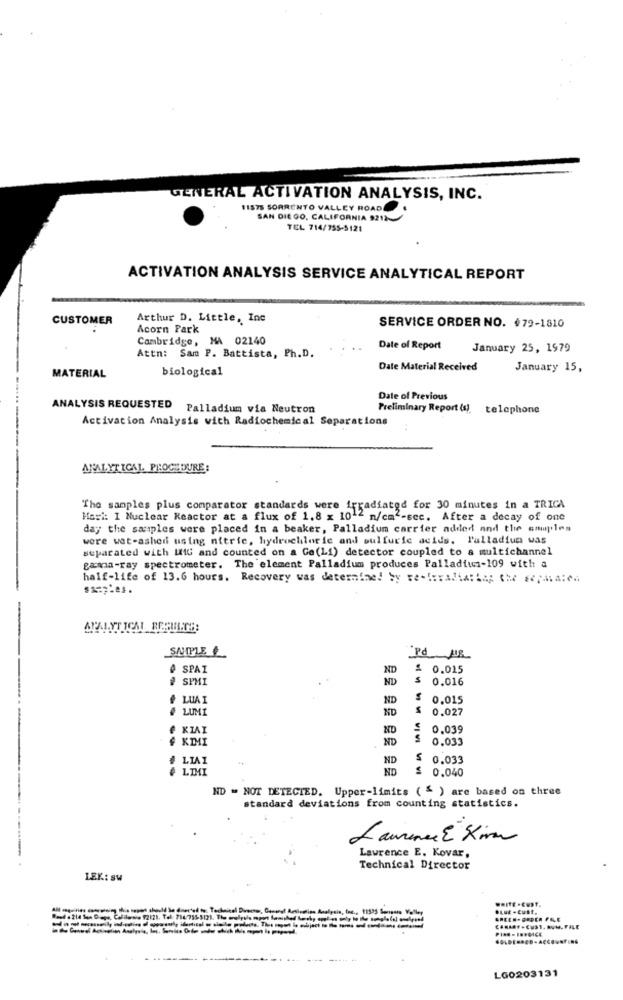
GENERAL ACTIVATION ANALYSIS, INC.
11575 SORRENTO VALLEY ROAD
SAN DIEGO, CALIFORNIA 9212-
TEL 714/755-5121
ACTIVATION ANALYSIS SERVICE ANALYTICAL REPORT
CUSTOMER
Arthur D. Little, Inc
Acorn Park
SERVICE ORDER NO. $79-1810
Cambridge, MA 02140
Date of Report
January 25, 1979
Attn: Sam P. Battista, Ph.D.
biological
Date Material Received
January 15,
MATERIAL
Date of Previous
ANALYSIS REQUESTED Palladium via Neutron
Preliminary Report (s) telephone
Activation Analysis with Radiochemical Separations
ANALYTICAL, PROCEDURE:
The samples plus comparator standards were irradiated for 30 minutes in a TRICA
Kori: I Nuclear Reactor at a flux of 1.8 x 10 2 n/cm"-sec. After a decay of one
day the samples were placed in a beaker, Palladium carrier added and the amples
were wat-ashed using nitric, hydrochloric and sulfuric acids. Palladium was
separated with LIG and counted on a Ge(Li) detector coupled to a multichannel
gama-ray spectrometer. The element Palladium produces Palladius-109 with a
half-life of 13.6 hours. Recovery was determine! by re -!: raliania; Che sphate
SNIPLE
# SPAI
ND
£ 0.015
# SPMI
ND
s
0.016
LUAI
ND
0.015
LUMI
ND
0.027
KIAI
ND
0.039
¢ KIMI
ND
S
0.033
LIAI
ND
$ 0.033
LIMI
ND
$ 0.040
ND = NOT DETECTED. Upper-limits ( " ) are based on three
standard deviations from counting statistics.
Laurence E Kivon
Lawrence E. Kovar,
Technical Director
LEK: sw
WHITE .Eust.
Techniesl Diecwr, Casual Anti
755-5121. The wrelysla mpont faalihed
CANAOF.CUST. NUM. FILE
LG0203131